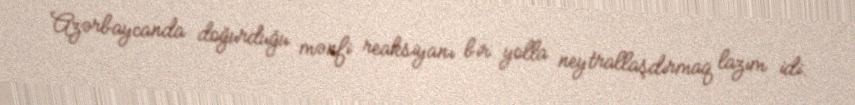
Azərbaycanda doğurduğu mənfi reaksiyanı bir yolla neytrallaşdırmaq lazım idi.